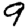
Digit: 9